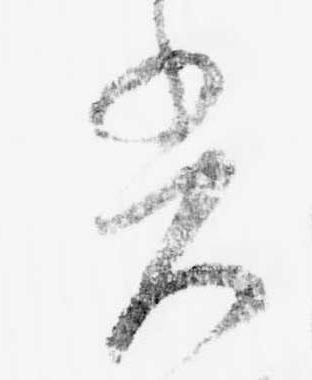
光